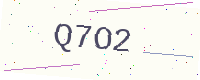
Text: Q7O2